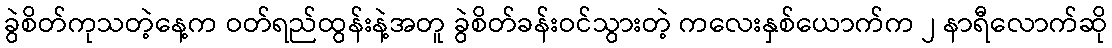
ခွဲစိတ်ကုသတဲ့နေ့က ဝတ်ရည်ထွန်းနဲ့အတူ ခွဲစိတ်ခန်းဝင်သွားတဲ့ ကလေးနှစ်ယောက်က ၂ နာရီလောက်ဆို